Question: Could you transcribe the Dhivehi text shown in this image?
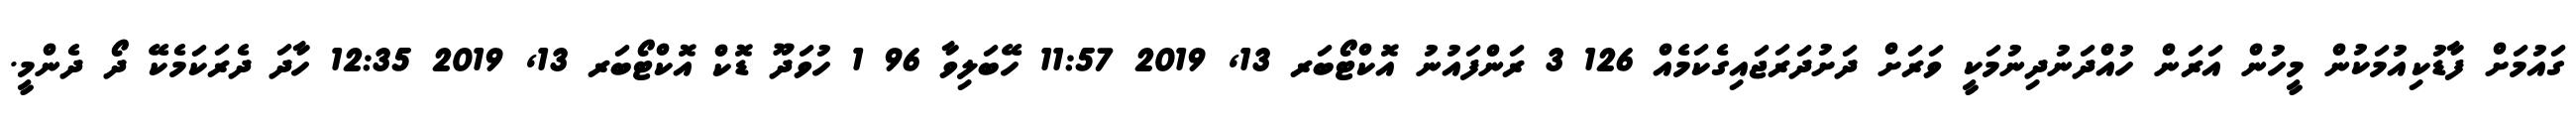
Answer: ގައުމަށް ފާޑުކިއުމަކުން މީހުން އަރަން ހުއްދަނުދިނުމަކީ ވަރަށް ދަށުދަރަޖައިގެކަމެއް 126 3 ރަންފައުނު އޮކްޓޯބަރ 13, 2019 11:57 ހޭބަލިވާ 96 1 ހުވަދޫ ޑޮކް އޮކްޓޯބަރ 13, 2019 12:35 ހާދަ ދެރަކަމެކޭ ދޯ ދެންމީ.